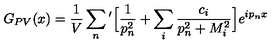
G _ { P V } ( x ) = \frac { 1 } { V } \sum _ { n } { ' } \Big [ \frac { 1 } { p _ { n } ^ { 2 } } + \sum _ { i } \frac { c _ { i } } { p _ { n } ^ { 2 } + M _ { i } ^ { 2 } } \Big ] e ^ { i p _ { n } x }